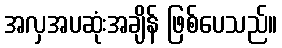
အလှအပဆုံးအချိန် ဖြစ်ပေသည်။